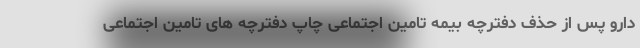
دارو پس از حذف دفترچه‌ بیمه تامین اجتماعی چاپ دفترچه های تامین اجتماعی